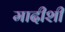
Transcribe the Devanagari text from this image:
मादीशी